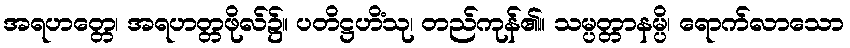
အရဟတ္တေ၊ အရဟတ္တဖိုလ်၌။ ပတိဋ္ဌဟိံသု၊ တည်ကုန်၏။ သမ္ပတ္တာနမ္ပိ၊ ရောက်လာသော